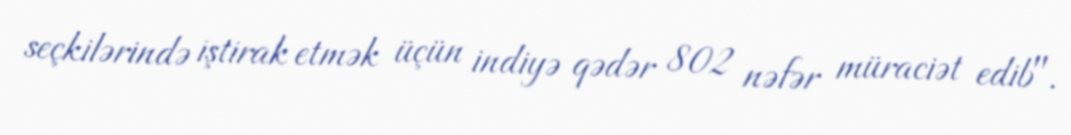
seçkilərində iştirak etmək üçün indiyə qədər 802 nəfər müraciət edib".